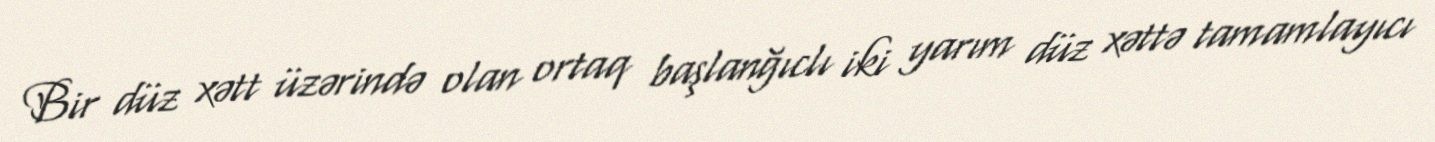
Bir düz xətt üzərində olan ortaq başlanğıclı iki yarım düz xəttə tamamlayıcı